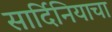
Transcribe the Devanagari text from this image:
सार्दिनियाचा